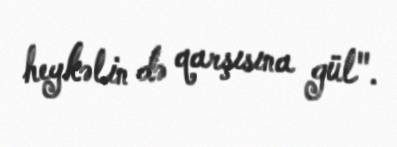
heykəlin də qarşısına gül".